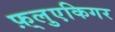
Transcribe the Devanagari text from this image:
फ़्लुएकिगर